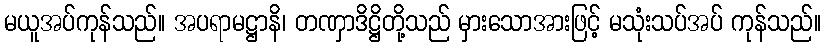
မယူအပ်ကုန်သည်။ အပရာမဋ္ဌာနိ၊ တဏှာဒိဋ္ဌိတို့သည် မှားသောအားဖြင့် မသုံးသပ်အပ် ကုန်သည်။